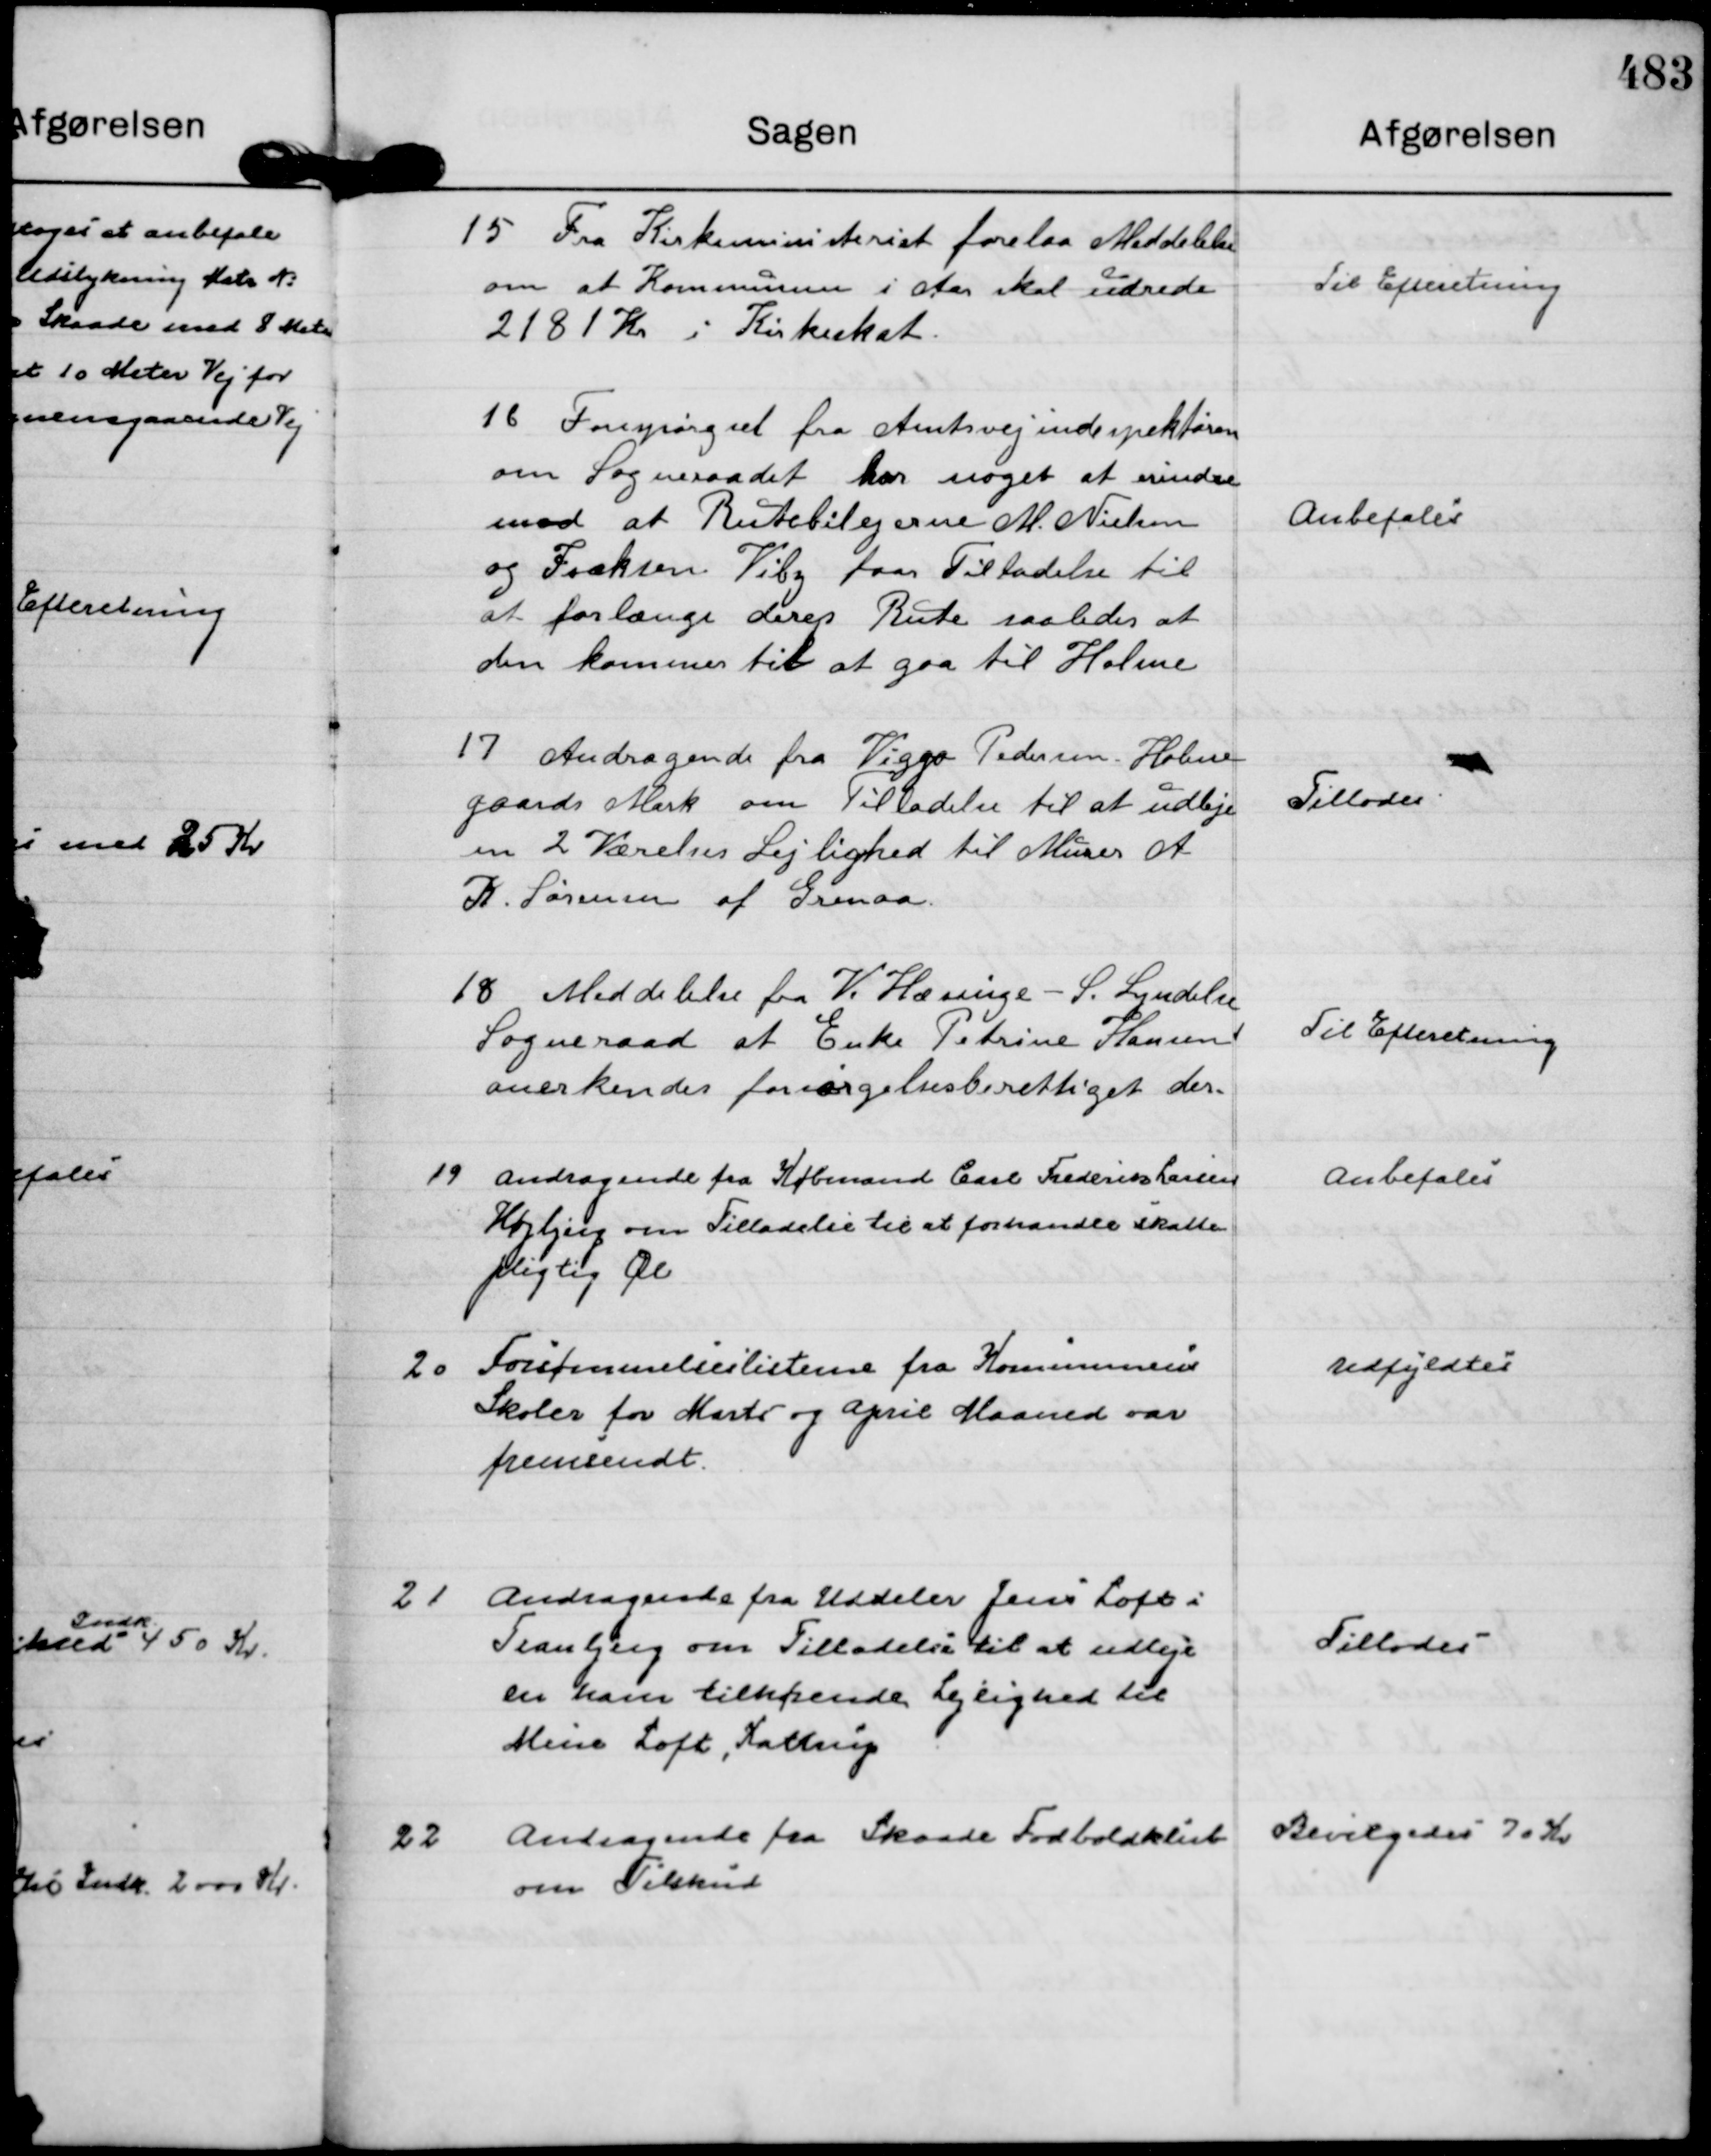
Transskription:
15
Fra Kirkeministeriet forelaa Meddelelse
om at Kommunen i Aar skal udrede
2181 Kr i Kirkeskat.

Til Efteretning

16
Forespørgsel fra Amtsvejindspektøren
om Sogneraadet har noget at erindre
mod at Rutebilejerne M. Nielsen
og Isaksen Viby faar Tilladelse til
at forlænge deres Rute saaledes at
den kommer til at gaa til Holme

Anbefales

17
Andragende fra Viggo Pedersen - Holme
gaards Mark om Tilladelse til at udleje
en 2 Værelses Lejlighed til Murer A
K. Sørensen af Grenaa.

Tillodes

18
Meddelelse fra V. Hæsinge - S. Lyndelse
Sogneraad at Enke Petrine Hansen
anerkendes forsørgelsesberettiget der.

Til Efteretning

19
Andragende fra Købmand Carl Frederik Larsen
Højbjerg om Tilladelse til at forhandle skatte=
pligtig Øl

Anbefales

20
Forsømmelseslisterne fra Kommunens
Skoler for Marts og April Maaned var
fremsendt.

Udfyldtes

21
Andragende fra Uddeler Jens Loft i
Tranbjerg om Tilladelse til at udleje
en ham tilhørende Lejlighed til
Mina Loft, Kattrup

Tillodes

22
Andragende fra Skaade Fodboldklub
om Tilskud

Bevilgedes 70 Kr